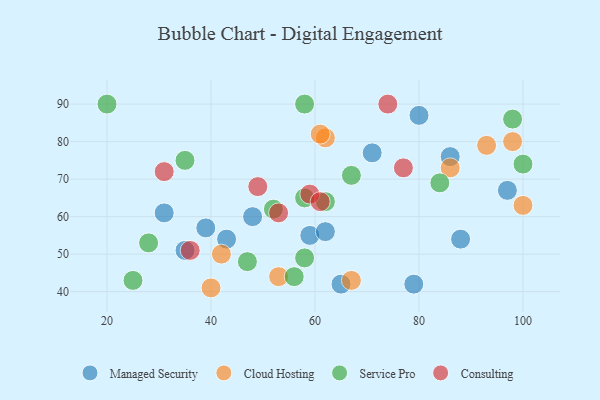
{"axis": {"x": "GDP", "y": "Life Expectancy"}, "legend": ["Cloud Hosting", "Consulting", "Managed Security", "Service Pro"], "data": [{"x": "39", "y": 57, "type": "Managed Security"}, {"x": "59", "y": 55, "type": "Managed Security"}, {"x": "86", "y": 76, "type": "Managed Security"}, {"x": "97", "y": 67, "type": "Managed Security"}, {"x": "80", "y": 87, "type": "Managed Security"}, {"x": "62", "y": 56, "type": "Managed Security"}, {"x": "35", "y": 51, "type": "Managed Security"}, {"x": "65", "y": 42, "type": "Managed Security"}, {"x": "31", "y": 61, "type": "Managed Security"}, {"x": "71", "y": 77, "type": "Managed Security"}, {"x": "79", "y": 42, "type": "Managed Security"}, {"x": "88", "y": 54, "type": "Managed Security"}, {"x": "48", "y": 60, "type": "Managed Security"}, {"x": "43", "y": 54, "type": "Managed Security"}, {"x": "100", "y": 63, "type": "Cloud Hosting"}, {"x": "98", "y": 80, "type": "Cloud Hosting"}, {"x": "93", "y": 79, "type": "Cloud Hosting"}, {"x": "86", "y": 73, "type": "Cloud Hosting"}, {"x": "40", "y": 41, "type": "Cloud Hosting"}, {"x": "62", "y": 81, "type": "Cloud Hosting"}, {"x": "42", "y": 50, "type": "Cloud Hosting"}, {"x": "67", "y": 43, "type": "Cloud Hosting"}, {"x": "53", "y": 44, "type": "Cloud Hosting"}, {"x": "61", "y": 82, "type": "Cloud Hosting"}, {"x": "58", "y": 49, "type": "Service Pro"}, {"x": "100", "y": 74, "type": "Service Pro"}, {"x": "58", "y": 90, "type": "Service Pro"}, {"x": "98", "y": 86, "type": "Service Pro"}, {"x": "62", "y": 64, "type": "Service Pro"}, {"x": "58", "y": 65, "type": "Service Pro"}, {"x": "52", "y": 62, "type": "Service Pro"}, {"x": "28", "y": 53, "type": "Service Pro"}, {"x": "25", "y": 43, "type": "Service Pro"}, {"x": "56", "y": 44, "type": "Service Pro"}, {"x": "67", "y": 71, "type": "Service Pro"}, {"x": "47", "y": 48, "type": "Service Pro"}, {"x": "20", "y": 90, "type": "Service Pro"}, {"x": "84", "y": 69, "type": "Service Pro"}, {"x": "35", "y": 75, "type": "Service Pro"}, {"x": "49", "y": 68, "type": "Consulting"}, {"x": "77", "y": 73, "type": "Consulting"}, {"x": "59", "y": 66, "type": "Consulting"}, {"x": "53", "y": 61, "type": "Consulting"}, {"x": "61", "y": 64, "type": "Consulting"}, {"x": "31", "y": 72, "type": "Consulting"}, {"x": "74", "y": 90, "type": "Consulting"}, {"x": "36", "y": 51, "type": "Consulting"}]}